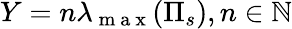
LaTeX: Y=n\lambda_{\mathrm{~m~a~x~}}(\Pi_{s}),n\in\mathbb{N}